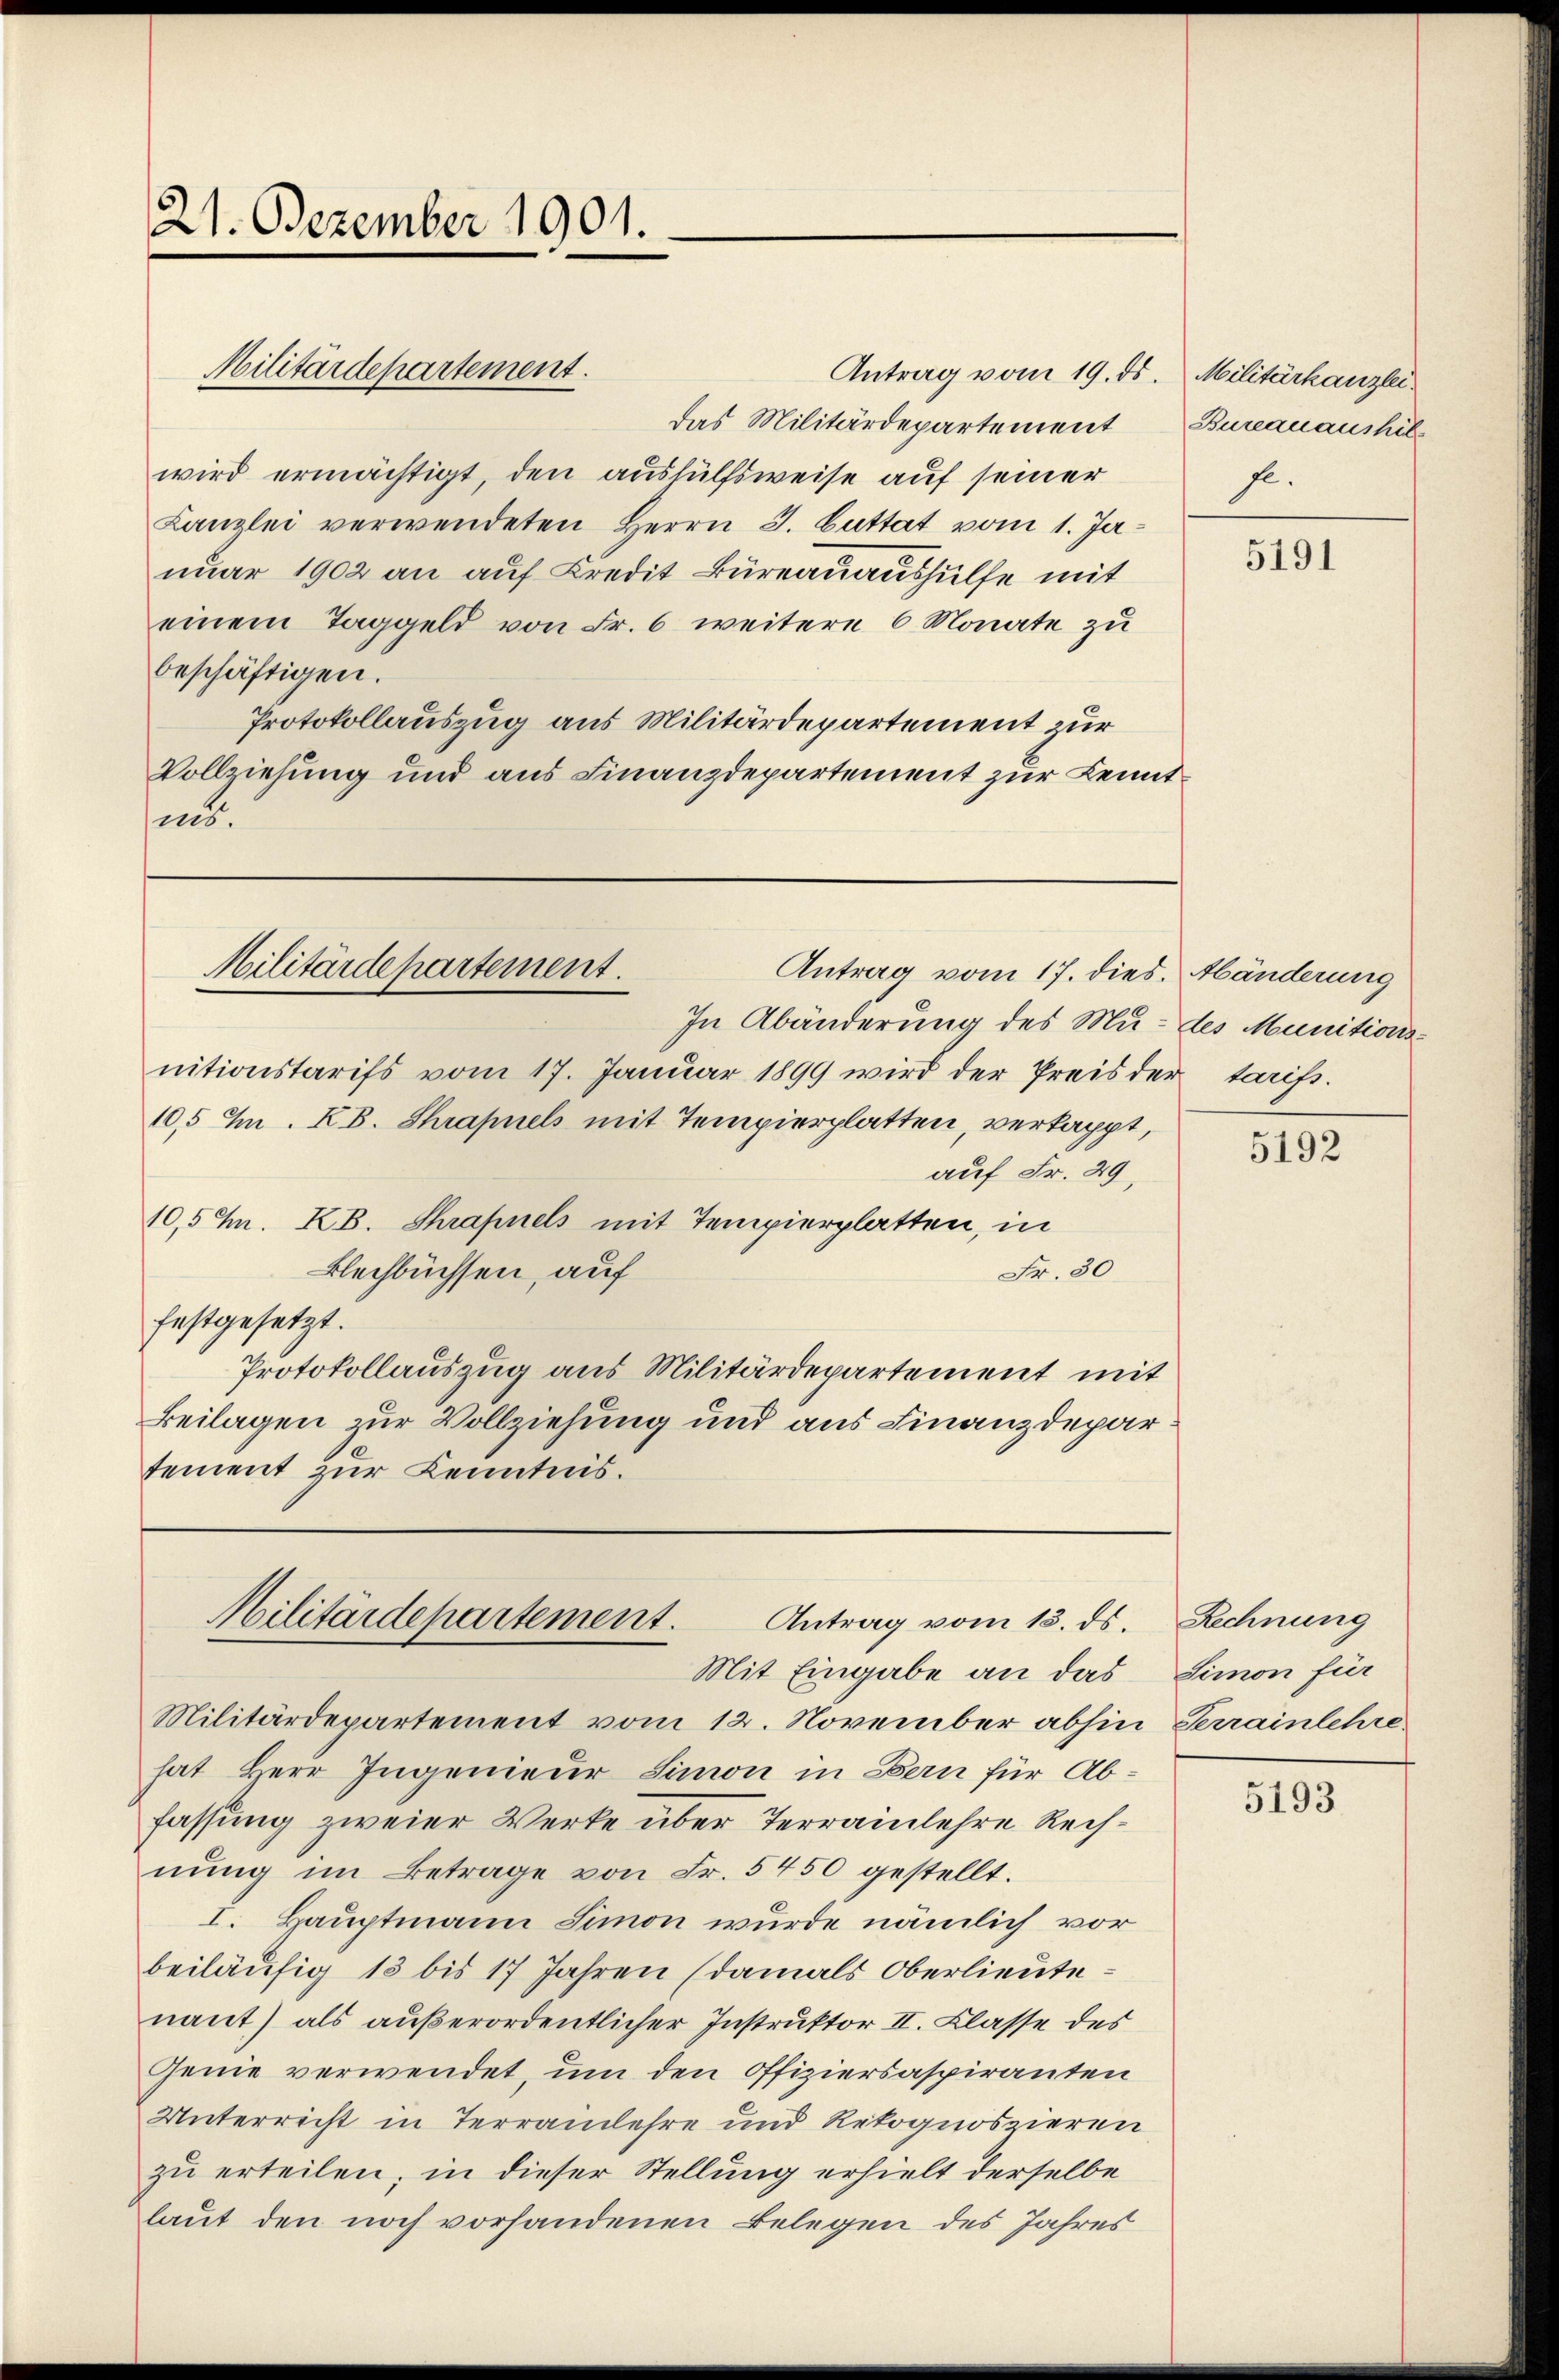
21. Dezember 1901.

Antrag vom 19. ds. Militärkanzlei.
das Militärdepartement Bureauaushil
wird ermächtigt, den aushülfsweise auf seiner
Kanzlei verwendeten Herrn J. Battat vom 1. Januar 1902 an auf Kredit Bureauaushülfe mit
einem Taggeld von Fr. 6 weitere 6 Monate zu
beschäftigen.
Protokollauszug aus Militärdepartement zur
Vollziehung und aus Finanzdepartement zur Kenntins.

Militärdepartement.

Militärdepartement.
Antrag vom 17. dies. Händerung

Militärdepartement.
Antrag vom 13. ds.

Mit Eingabe an das
Militärdepartement vom 12. November abhin Terrainlehre
hat Herr Ingenieur Simon in Bern für Abfassung zweier Werke über Terrainlehre Rechnung im Betrage von Fr. 5450 gestellt.
I. Hauptmann Simon wurde nämlich vor
beiläufig 13 bis 17 Jahren (damals Oberlieute
nant) als außerordentlicher Instruktor II. Klasse des
Genie verwendet, um den Offiziersaspiranten
Unterricht in Terrainlehre und Rekognoszieren
zu erteilen; in dieser Stellung erhielt derselbe
laut den noch vorhandenen Belegen des Jahres

In Abänderung des Mu- des Munitionsnitionstarifs vom 17. Januar 1899 wird der Preis der tarifs.
10,5 M. K. Shrapnels mit Tempierplatten, verkappt,
auf Fr. 29.
10,5 M. B. Shrapnels mit Tempierplatten, in
Blechbüchsen, auf
Fr. 30
festgesetzt.
Protokollauszug aus Militärdepartement mit
Beilagen zur Vollziehung und aus Finanzdepar
tement zur Kenntnis.

se.

5191

5192

Rechnung
Simon für

5193